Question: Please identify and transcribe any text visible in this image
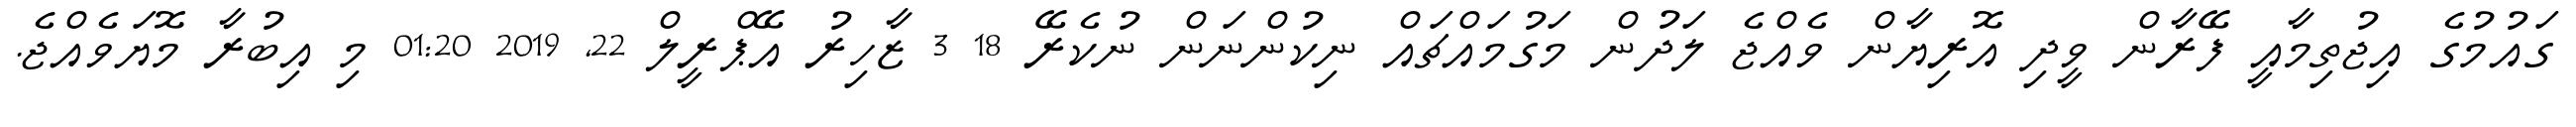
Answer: ގައުމުގެ އިޖުތިމާއީ ފޭރާން ވީދި އޮރިޔާން ވެއްޖެ ލަދުން މަގުމައްޗައް ނިކުންނަން ނުކެރޭ 18 3 ޒާހިރު އޭޕްރީލް 22, 2019 01:20 މި އިބުރާ މޮޔަވެއްޖެ.